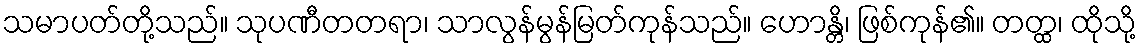
သမာပတ်တို့သည်။ သုပဏီတတရာ၊ သာလွန်မွန်မြတ်ကုန်သည်။ ဟောန္တိ၊ ဖြစ်ကုန်၏။ တတ္ထ၊ ထိုသို့